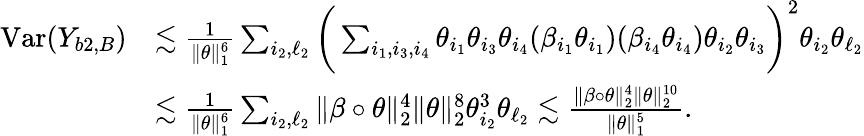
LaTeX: \begin{array}{rl}{\mathrm{Var}(Y_{b2,B})}&{\lesssim\frac{1}{\| \theta\| _{1}^{6}}\sum_{i_{2},\ell_{2}}\bigg(\sum_{i_{1},i_{3},i_{4}}\theta_{i_{1}}\theta_{i_{3}}\theta_{i_{4}}(\beta_{i_{1}}\theta_{i_{1}})(\beta_{i_{4}}\theta_{i_{4}})\theta_{i_{2}}\theta_{i_{3}}\bigg)^{2}\theta_{i_{2}}\theta_{\ell_{2}}}\\ &{\lesssim\frac{1}{\| \theta\| _{1}^{6}}\sum_{i_{2},\ell_{2}}\| \beta\circ\theta\| _{2}^{4}\| \theta\| _{2}^{8}\theta_{i_{2}}^{3}\theta_{\ell_{2}}\lesssim\frac{\| \beta\circ\theta\| _{2}^{4}\| \theta\| _{2}^{10}}{\| \theta\| _{1}^{5}}.}\end{array}